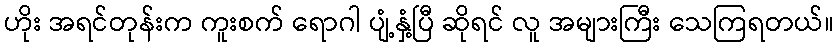
ဟိုး အရင်တုန်းက ကူးစက် ရောဂါ ပျံ့နှံ့ပြီ ဆိုရင် လူ အများကြီး သေကြရတယ်။